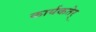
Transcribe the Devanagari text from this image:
कार्यकतेर्